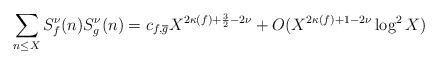
LaTeX: \begin{align*} \sum_{n \leq X} S_f^\nu(n)S_g^\nu(n) = c_{f,\overline{g}} X^{2\kappa(f) + \frac{3}{2} - 2\nu} + O(X^{2\kappa(f) + 1 - 2\nu}\log^2 X) \end{align*}